Vaccine operations Central Provinces & Berar 1922-1929 - 1922-1929
Year: 1922
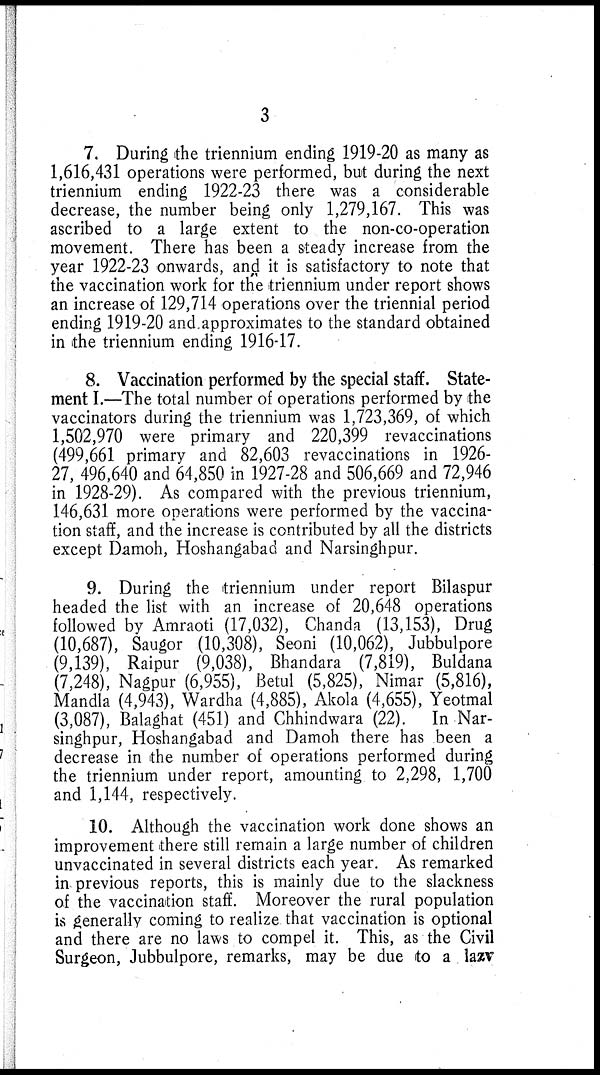
3
7. During the triennium ending 1919-20 as many as
1,616,431 operations were performed, but during the next
triennium ending 1922-23 there was a considerable
decrease, the number being only 1,279,167. This was
ascribed to a large extent to the non-co-operation
movement. There has been a steady increase from the
year 1922-23 onwards, and it is satisfactory to note that
the vaccination work for the triennium under report shows
an increase of 129,714 operations over the triennial period
ending 1919-20 and approximates to the standard obtained
in the triennium ending 1916-17.
8. Vaccination performed by the special staff. State-
ment I.—The total number of operations performed by the
vaccinators during the triennium was 1,723,369, of which
1,502,970 were primary and 220,399 revaccinations
(499,661 primary and 82,603 revaccinations in 1926-
27, 496,640 and 64,850 in 1927-28 and 506,669 and 72,946
in 1928-29). As compared with the previous triennium,
146,631 more operations were performed by the vaccina-
tion staff, and the increase is contributed by all the districts
except Damoh, Hoshangabad and Narsinghpur.
9. During the triennium under report Bilaspur
headed the list with an increase of 20,648 operations
followed by Amraoti (17,032), Chanda (13,153), Drug
(10,687), Saugor (10,308), Seoni (10,062), Jubbulpore
(9,139), Raipur (9,038), Bhandara (7,819), Buldana
(7,248), Nagpur (6,955), Betul (5,825), Nimar (5,816),
Mandla (4,943), Wardha (4,885), Akola (4,655), Yeotmal
(3,087), Balaghat (451) and Chhindwara (22). In Nar-
singhpur, Hoshangabad and Damoh there has been a
decrease in the number of operations performed during
the triennium under report, amounting to 2,298, 1,700
and 1,144, respectively.
10. Although the vaccination work done shows an
improvement there still remain a large number of children
unvaccinated in several districts each year. As remarked
in previous reports, this is mainly due to the slackness
of the vaccination staff. Moreover the rural population
is generally coming to realize that vaccination is optional
and there are no laws to compel it. This, as the Civil
Surgeon, Jubbulpore, remarks, may be due to a lazv